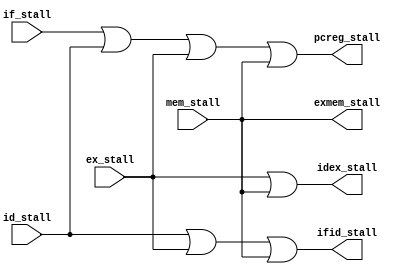
module stall_control(
    input wire if_stall,
    input wire id_stall,
    input wire ex_stall,
    input wire mem_stall,

    output wire pcreg_stall,
    output wire ifid_stall,
    output wire idex_stall,
    output wire exmem_stall
);

    assign pcreg_stall = if_stall | id_stall | ex_stall | mem_stall;
    assign ifid_stall = id_stall | ex_stall | mem_stall;
    assign idex_stall = ex_stall | mem_stall;
    assign exmem_stall = mem_stall;

endmodule